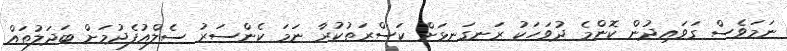
ނަމަވެސް ގަވައިދުން ކޮންމެ ދުވަހަކު ރަނގަނޅަށް ކަސްރަތުކުރާ ނަމަ ކެންސަރު ސެލްއުފެދުމަށް ބަދަލުތައް